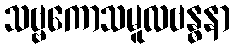
သဗ္ဗကောသမူလဗန္ဓနာ